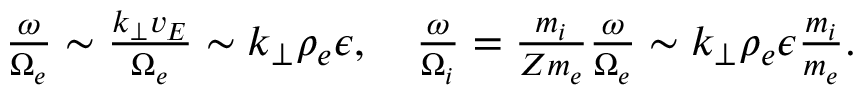
\begin{array} { r } { \frac { \omega } { \Omega _ { e } } \sim \frac { k _ { \perp } v _ { E } } { \Omega _ { e } } \sim k _ { \perp } \rho _ { e } \epsilon , \quad \frac { \omega } { \Omega _ { i } } = \frac { m _ { i } } { Z m _ { e } } \frac { \omega } { \Omega _ { e } } \sim k _ { \perp } \rho _ { e } \epsilon \frac { m _ { i } } { m _ { e } } . } \end{array}